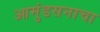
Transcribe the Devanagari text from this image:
आमुंडसनाचा